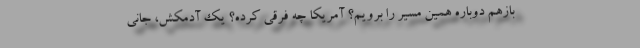
بازهم دوباره همین مسیر را برویم؟ آمریکا چه فرقی کرده؟ یک آدمکش، جانی